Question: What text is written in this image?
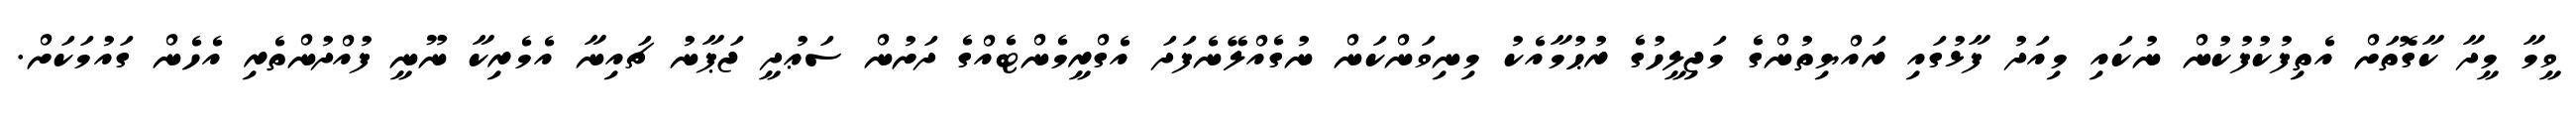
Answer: ވީމާ މީދާ ކާގޮތަށް އެތިފުކުފުކުން ނުކައި މިއަދު ފާޅުގައި ރައްޔިތުންގެ މަޖިލީހުގެ ރުޙުމާއެކު މިނިވަންކަން ނުގެއްލޭނެފަދަ އެގްރީމެންޓެއްގެ ދަށުން ސަޢުދީ ޖަޕާނު ޗައިނާ އެމެރިކާ ނޫނީ ފުއްދުންތެރި އެހެން ގައުމަކަށް.